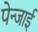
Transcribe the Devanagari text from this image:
पेन्जाई